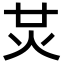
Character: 炗